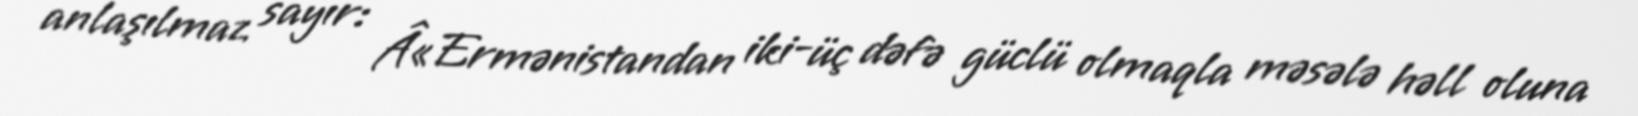
anlaşılmaz sayır: Â«Ermənistandan iki-üç dəfə güclü olmaqla məsələ həll oluna